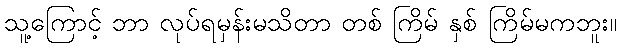
သူ့ကြောင့် ဘာ လုပ်ရမှန်းမသိတာ တစ် ကြိမ် နှစ် ကြိမ်မကဘူး။